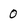
Character: 0